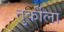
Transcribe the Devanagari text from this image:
तुर्कीला